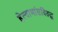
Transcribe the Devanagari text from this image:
हेत्वाभांसविरुद्ध